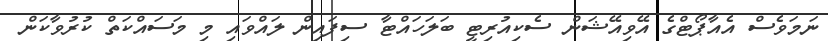
ނަމަވެސް އެއާޕޯޓްގެ އޭވިއޭޝަން ސެކިއުރިޓީ ބަލަހައްޓާ ސިފައިން ލައްވައި މި މަސައްކަތް ކުރުވާކަން